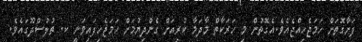
ފަށާގޮތަށް ހަމަޖެހިއްޖެއެވެ.އެގޮތުން މި ހަރަކާތް މާދަމާ ކުރިއަށް ގެންދިޔުމަށް ހަމަޖެހިފައިވަނީ ކ. ތުލުސްދޫގައެވެ.